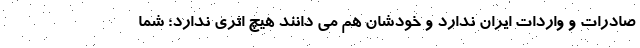
صادرات و واردات ایران ندارد و خودشان هم می دانند هیچ اثری ندارد؛ شما